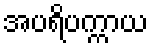
အပရိပက္ကာယ